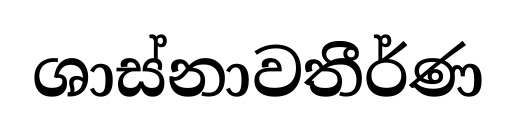
ශාස්නාවතීර්ණ